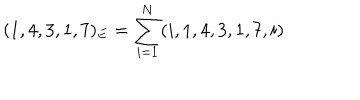
( 1 , 4 , 3 , 1 , 7 ) _ { E } = \sum _ { i = 1 } ^ { N } ( i , 1 , 4 , 3 , 1 , 7 , i )